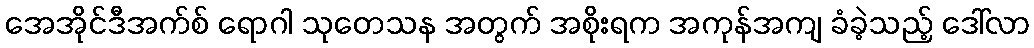
အေအိုင်ဒီအက်စ် ရောဂါ သုတေသန အတွက် အစိုးရက အကုန်အကျ ခံခဲ့သည့် ဒေါ်လာ